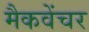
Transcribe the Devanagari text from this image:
मैकवेंचर